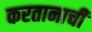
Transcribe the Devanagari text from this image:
करतानाची